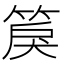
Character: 䈆